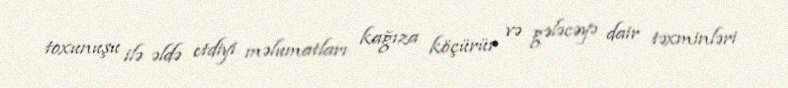
toxunuşu ilə əldə etdiyi məlumatları kağıza köçürür və gələcəyə dair təxminləri